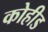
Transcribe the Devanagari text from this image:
कोहीड